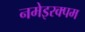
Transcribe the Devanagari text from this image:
नमेइरक्पम